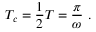
T _ { c } = \frac { 1 } { 2 } T = \frac { \pi } { \omega } \ .